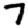
Digit: 7